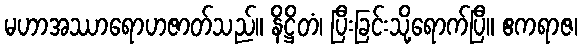
မဟာအဿာရောဟဇာတ်သည်။ နိဋ္ဌိတံ၊ ပြီးခြင်းသို့ရောက်ပြီ။ ဧကရာဇ၊